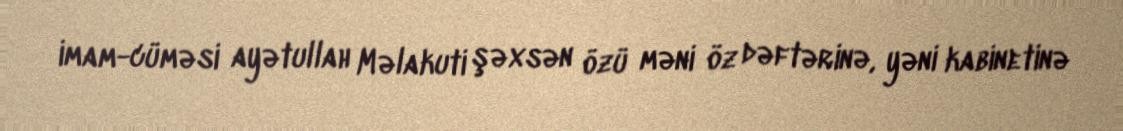
imam-cüməsi ayətullah Məlakuti şəxsən özü məni öz dəftərinə, yəni kabinetinə